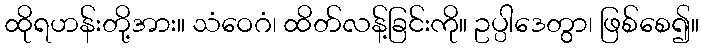
ထိုရဟန်းတို့အား။ သံဝေဂံ၊ ထိတ်လန့်ခြင်းကို။ ဥပ္ပါဒေတွာ၊ ဖြစ်စေ၍။